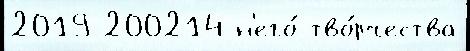
2019 200214 н'его́ тво́рчества